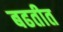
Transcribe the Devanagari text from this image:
बढतीत